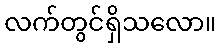
လက်တွင်ရှိသလော။